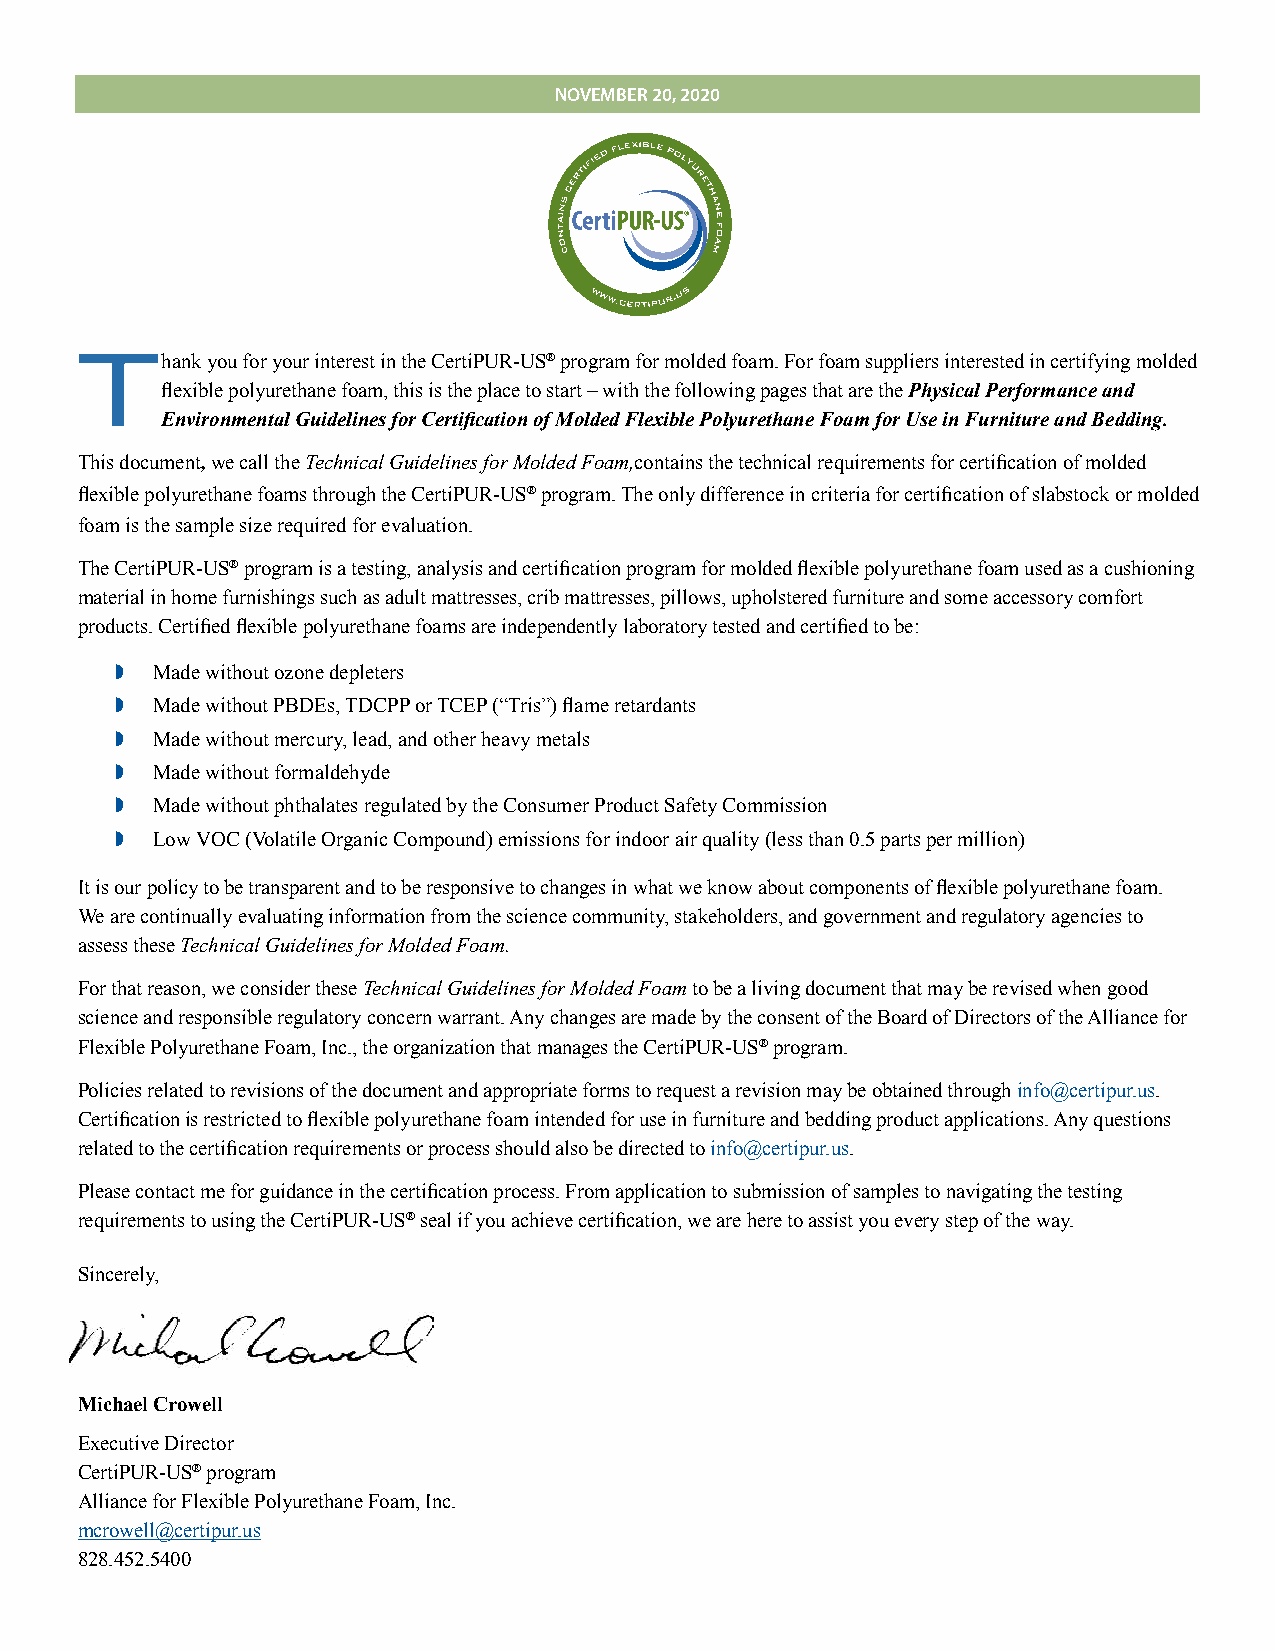
NOJAVNEMUABERRY 210, ,2 2002200
 T
 hank you for your interest in the CertiPUR-US® program for molded foam. For foam suppliers interested in certifying molded
 flexible polyurethane foam, this is the place to start – with the following pages that are the Physical Performance and
 Environmental Guidelines for Certification of Molded Flexible Polyurethane Foam for Use in Furniture and Bedding.
 This document, we call the Technical Guidelines for Molded Foam,contains the technical requirements for certification of molded
 flexible polyurethane foams through the CertiPUR-US® program. The only difference in criteria for certification of slabstock or molded
 foam is the sample size required for evaluation.
 The CertiPUR-US® program is a testing, analysis and certification program for molded flexible polyurethane foam used as a cushioning
 material in home furnishings such as adult mattresses, crib mattresses, pillows, upholstered furniture and some accessory comfort
 products. Certified flexible polyurethane foams are independently laboratory tested and certified to be:
 ◗ Made without ozone depleters
 ◗ Made without PBDEs, TDCPP or TCEP (“Tris”) flame retardants
 ◗ Made without mercury, lead, a nd other heavy metals
 ◗ Made without formaldehyde
 ◗ Made without phthalates r egulated by the Consumer P roduct Safety Commission
 ◗ Low VOC (Volatile Organic Compound) emissions for indoor air quality ( less than 0.5 parts per million)
 It is our policy to be transparent and to be responsive to changes in what we know about components of flexible polyurethane foam.
 We are continually evaluating information from the science community, stakeholders, and government and regulatory agencies to
 assess these Technical Guidelines for Molded Foam.
 For that reason, we consider these Technical Guidelines for Molded Foam to be a living document that may be revised when good
 science and responsible regulatory concern warrant. Any changes are made by the consent of the Board of Directors of the Alliance for
 Flexible Polyurethane Foam, Inc., the organization that manages the CertiPUR-US® program.
 Policies related to revisions of the document and appropriate forms to request a revision may be obtained through info@certipur.us.
 Certification is restricted to flexible polyurethane foam intended for use in furniture and bedding product applications. Any questions
 related to the certification requirements or process should also be directed to info@certipur.us.
 Please contact me for guidance in the certification process. From application to submission of samples to navigating the testing
 requirements to using the CertiPUR-US® seal if you achieve certification, we are here to assist you every step of the way.
 Sincerely,
 Michael Crowell
 Executive Director
 CertiPUR-US® program
 Alliance for Flexible Polyurethane Foam, Inc.
 mcrowell@certipur.us
 828.452.5400